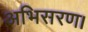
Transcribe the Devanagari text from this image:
अभिसरण।